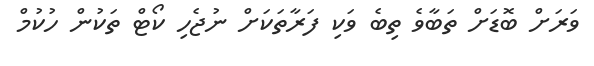
ވަރަށް ބޮޑަށް ތަބާވެ ތިބެ ވަކި ފަރާތަކަށް ނުޖެހި ކޯޓް ތަކުން ހުކުމް